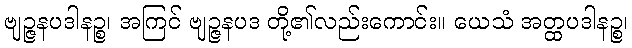
ဗျဉ္ဇနပဒါနဉ္စ၊ အကြင် ဗျဉ္ဇနပဒ တို့၏လည်းကောင်း။ ယေသံ အတ္ထပဒါနဉ္စ၊